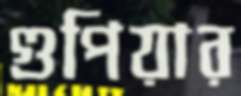
গুপিয়ার